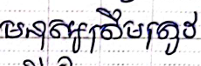
មនុស្សត្រឹមត្រូវ